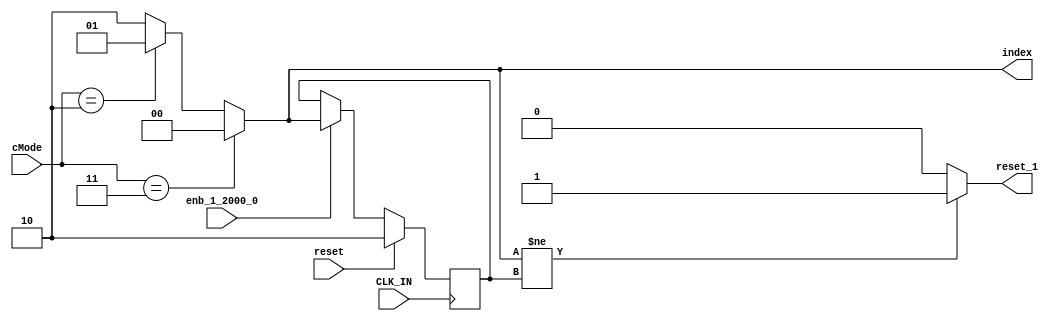
module controllerHdl_MATLAB_Function_block2
          (
           CLK_IN,
           reset,
           enb_1_2000_0,
           cMode,
           index,
           reset_1
          );
  input   CLK_IN;
  input   reset;
  input   enb_1_2000_0;
  input   [1:0] cMode;  
  output  [1:0] index;  
  output  reset_1;
  parameter [1:0] controllerModeEnum_VelocityControl = 2;  
  parameter [1:0] controllerModeEnum_OpenLoopVelocityControl = 3;  
  reg [1:0] index_1;  
  reg  reset_2;
  reg [1:0] index_n1;  
  reg [1:0] index_n1_next;  
  reg [1:0] index_2;  
  always @(posedge CLK_IN)
    begin : MATLAB_Function_process
      if (reset == 1'b1) begin
        index_n1 <= 2'b10;
      end
      else if (enb_1_2000_0) begin
        index_n1 <= index_n1_next;
      end
    end
  always @(cMode, index_n1) begin
    if (cMode == controllerModeEnum_OpenLoopVelocityControl) begin
      index_2 = 2'b00;
    end
    else if (cMode == controllerModeEnum_VelocityControl) begin
      index_2 = 2'b01;
    end
    else begin
      index_2 = 2'b10;
    end
    if (index_2 != index_n1) begin
      reset_2 = 1'b1;
    end
    else begin
      reset_2 = 1'b0;
    end
    index_n1_next = index_2;
    index_1 = index_2;
  end
  assign index = index_1;
  assign reset_1 = reset_2;
endmodule